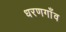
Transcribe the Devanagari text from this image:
धरणगाँव